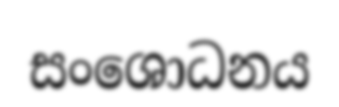
සංශොධනය